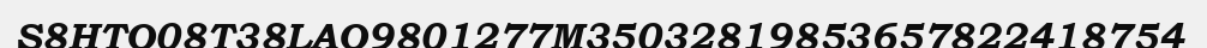
S8HTO08T38LAO9801277M35032819853657822418754